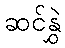
ဆင်နွှဲ